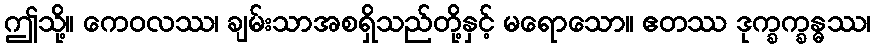
ဤသို့။ ကေဝလဿ၊ ချမ်းသာအစရှိသည်တို့နှင့် မရောသော။ ဧတဿ ဒုက္ခက္ခန္ဓဿ၊